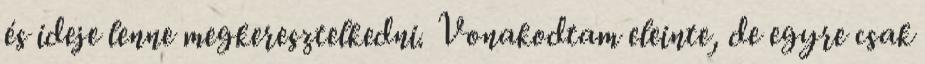
és ideje lenne megkeresztelkedni. Vonakodtam eleinte, de egyre csak